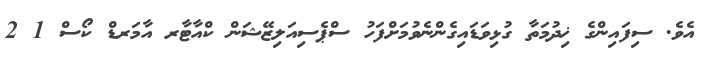
އެވެ. ސިފައިންގެ ޚިދުމަތާ ގުޅިވަޑައިގެންނެވުމަށްފަހު ސްޕެސިއަލިޒޭޝަން ކްއާޓާރ އާމަރޑް ކޯސް 1 2